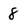
Character: 8